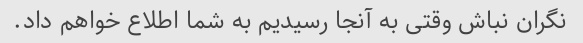
نگران نباش وقتی به آنجا رسیدیم به شما اطلاع خواهم داد.